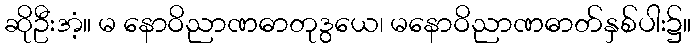
ဆိုဦးအံ့။ မ နောဝိညာဏဓာတုဒွယေ၊ မနောဝိညာဏဓာတ်နှစ်ပါး၌။